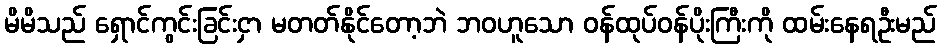
မိမိသည် ရှောင်ကွင်းခြင်းငှာ မတတ်နိုင်တော့ဘဲ ဘဝဟူသော ဝန်ထုပ်ဝန်ပိုးကြီးကို ထမ်းနေရဦးမည်